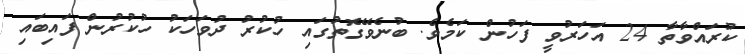
ކުރައްވާތާ 24 އަހަރުވީ ފަހުން ކަމެވެ. ބުނެވޭގޮތުގައި ހުކުރު ދުވަހަކު ހުކުރުން ފައިބައި